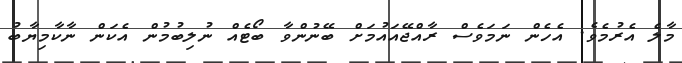
މާލެ އެރުމެވެ. އެހެން ނަމަވެސް ރާއްޖޭއައުމަށް ބޭނުންވާ ބޯޓެއް ނުލިބުމުން އެކަން ނާކާމިޔާބު